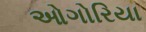
ઓગોરિયા